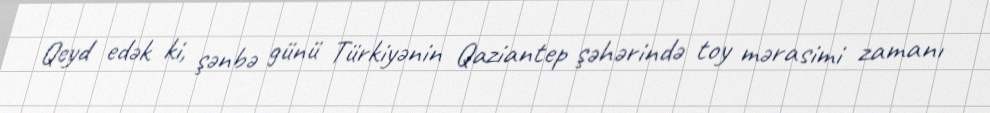
Qeyd edək ki, şənbə günü Türkiyənin Qaziantep şəhərində toy mərasimi zamanı